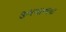
જીમખાનાના